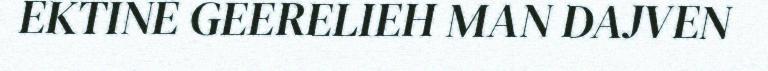
EKTINE GEERELIEH MAN DAJVEN